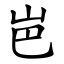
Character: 岜